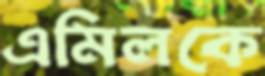
এমিলকে